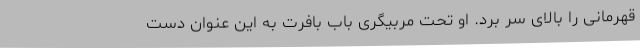
قهرمانی را بالای سر برد. او تحت مربیگری باب بافرت به این عنوان دست